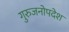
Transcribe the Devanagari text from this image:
गुरुजनोपदेश